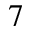
7